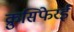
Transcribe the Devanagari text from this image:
क्रुसिफेरई